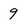
Character: 9